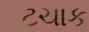
ટચાક